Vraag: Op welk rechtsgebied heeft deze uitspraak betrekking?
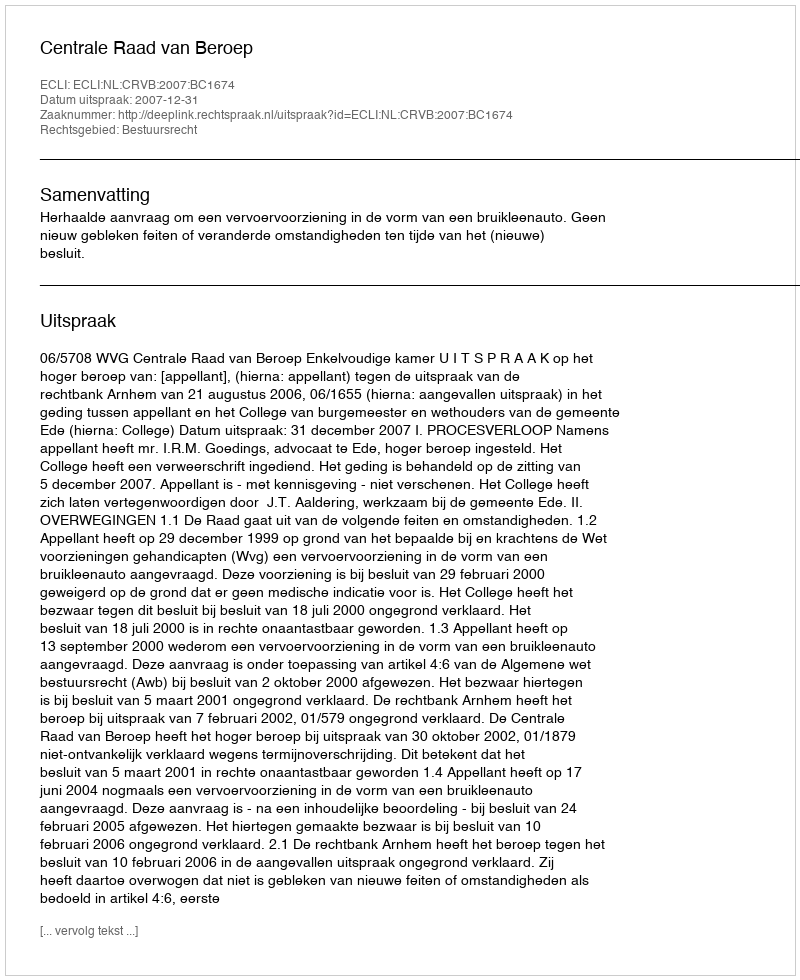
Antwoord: Bestuursrecht